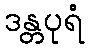
ဒန္တပုရံ